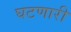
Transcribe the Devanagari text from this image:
घटणारी